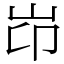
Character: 岇